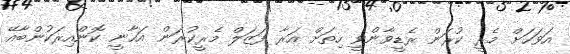
އަވަހަށް މެރީ ކުރަން ރެޑީވާންވީ ހިތަށް އަރާ ފަޒަލް މެރީކުރަން އަހާނީ ކޮންއިރަކުންބާއޭ